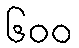
၆၀၀